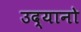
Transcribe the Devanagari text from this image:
उद्यानो